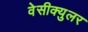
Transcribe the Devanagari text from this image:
वेसीक्युलर